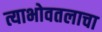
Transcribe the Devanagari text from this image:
त्याभोवतलाचा